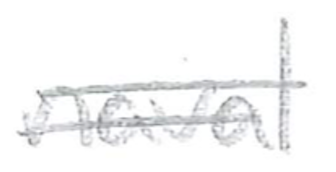
Text: naval
Cross-out: double-line
Writing tool: pencil